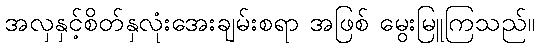
အလှနှင့်စိတ်နှလုံးအေးချမ်းစရာ အဖြစ် မွေးမြူကြသည်။